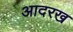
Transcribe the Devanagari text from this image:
आदरख